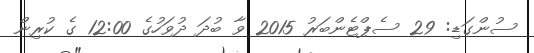
ސުންގަޑި: 29 ސެޕްޓެންބަރު 2015 ވާ ބުދަ ދުވަހުގެ 12:00 ގެ ކުރިން